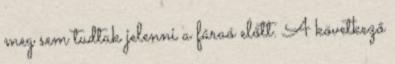
meg sem tudtak jelenni a fáraó előtt. A következő